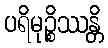
ပရိမုဉ္စိဿန္တိ